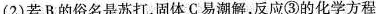
（2）若B的俗名是苏打，固体C易潮解，反应③的化学方程式为：___;